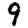
Digit: 9